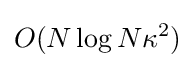
O(N\log N\kappa ^{2})